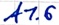
Text: A1.6